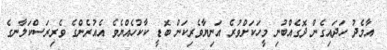
އާމެދު ހަދައިގެން ދޮގެއްބުނި މީހަކަށްވުރެ އަނިޔާވެރިކަން ބޮޑީ ކާކުހެއްޔެވެ އެއުރެންގެ ވެރިރަސްކަލާނގެ